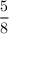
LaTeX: \frac { 5 } { 8 }